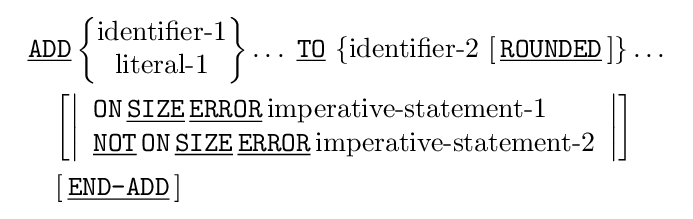
{\begin{array}{l}{\underline {\texttt {ADD}}}\,{\begin{Bmatrix}{\text{identifier-1}}\\{\text{literal-1}}\end{Bmatrix}}\dots \;{\underline {\texttt {TO}}}\,\left\{{\text{identifier-2}}\,\left[\,{\underline {\texttt {ROUNDED}}}\,\right]\right\}\dots \\[1em]\quad \left[\left|{\begin{array}{l}{\texttt {ON}}\,{\underline {\texttt {SIZE}}}\,{\underline {\texttt {ERROR}}}\,{\text{imperative-statement-1}}\\{\underline {\texttt {NOT}}}\,{\texttt {ON}}\,{\underline {\texttt {SIZE}}}\,{\underline {\texttt {ERROR}}}\,{\text{imperative-statement-2}}\end{array}}\right|\right]\\[1em]\quad \left[\,{\underline {\texttt {END-ADD}}}\,\right]\end{array}}